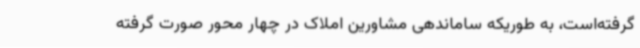
گرفته‌است، به طوریکه ساماندهی مشاورین املاک در چهار محور صورت گرفته